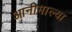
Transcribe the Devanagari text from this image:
आनीमाल्या